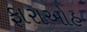
ફારાઓહ